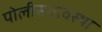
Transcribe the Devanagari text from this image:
पोलीसव्यवस्था